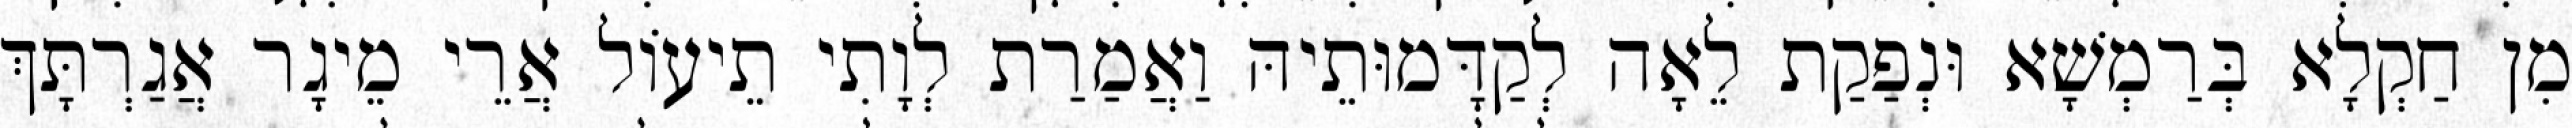
מִן חַקְלָא בְּרַמְשָׁא וּנְפַקַת לֵאָה לְקַדָּמוּתֵיהּ וַאֲמַרַת לְוָתִי תֵיעוֹל אֲרֵי מֵיגָר אֲגַרְתָּךְ